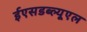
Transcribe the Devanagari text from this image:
ईएसडब्ल्यूएल